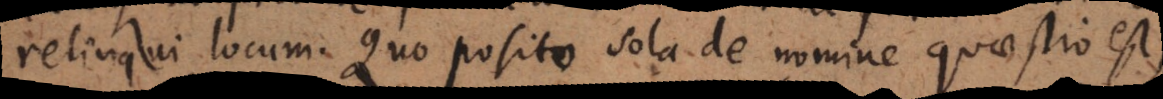
relinqui locum. Quo posito sola de nomine quaestio est,